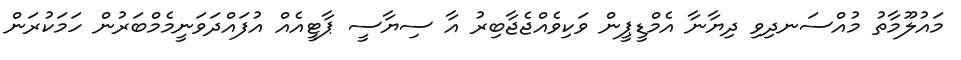
މައުލޫމާތު މުއްސަނދިވި ދިޔާނާ އެމްޑީޕީން ވަކިވެއްޖެޖާބިރު އާ ސިޔާސީ ޕާޓީއެއް އުފައްދަވަނީމެމްބަރުން ހަމަކުރަން